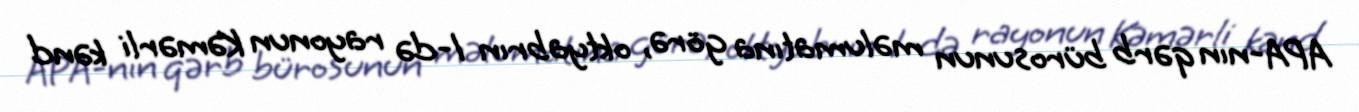
APA-nın qərb bürosunun məlumatına görə, oktyabrın 1-də rayonun Kəmərli kənd